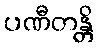
ပဏီတန္တိ